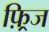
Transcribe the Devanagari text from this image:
फ़्रिज